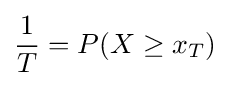
{1 \over T}=P(X\geq x_{T})